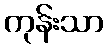
ကုန်းသာ